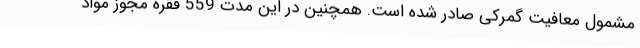
مشمول معافیت گمرکی صادر شده است. همچنین در این مدت 559 فقره مجوز مواد